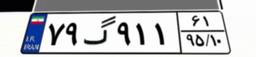
۱۲گ۳۵۹۸۴